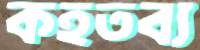
কহতব্য